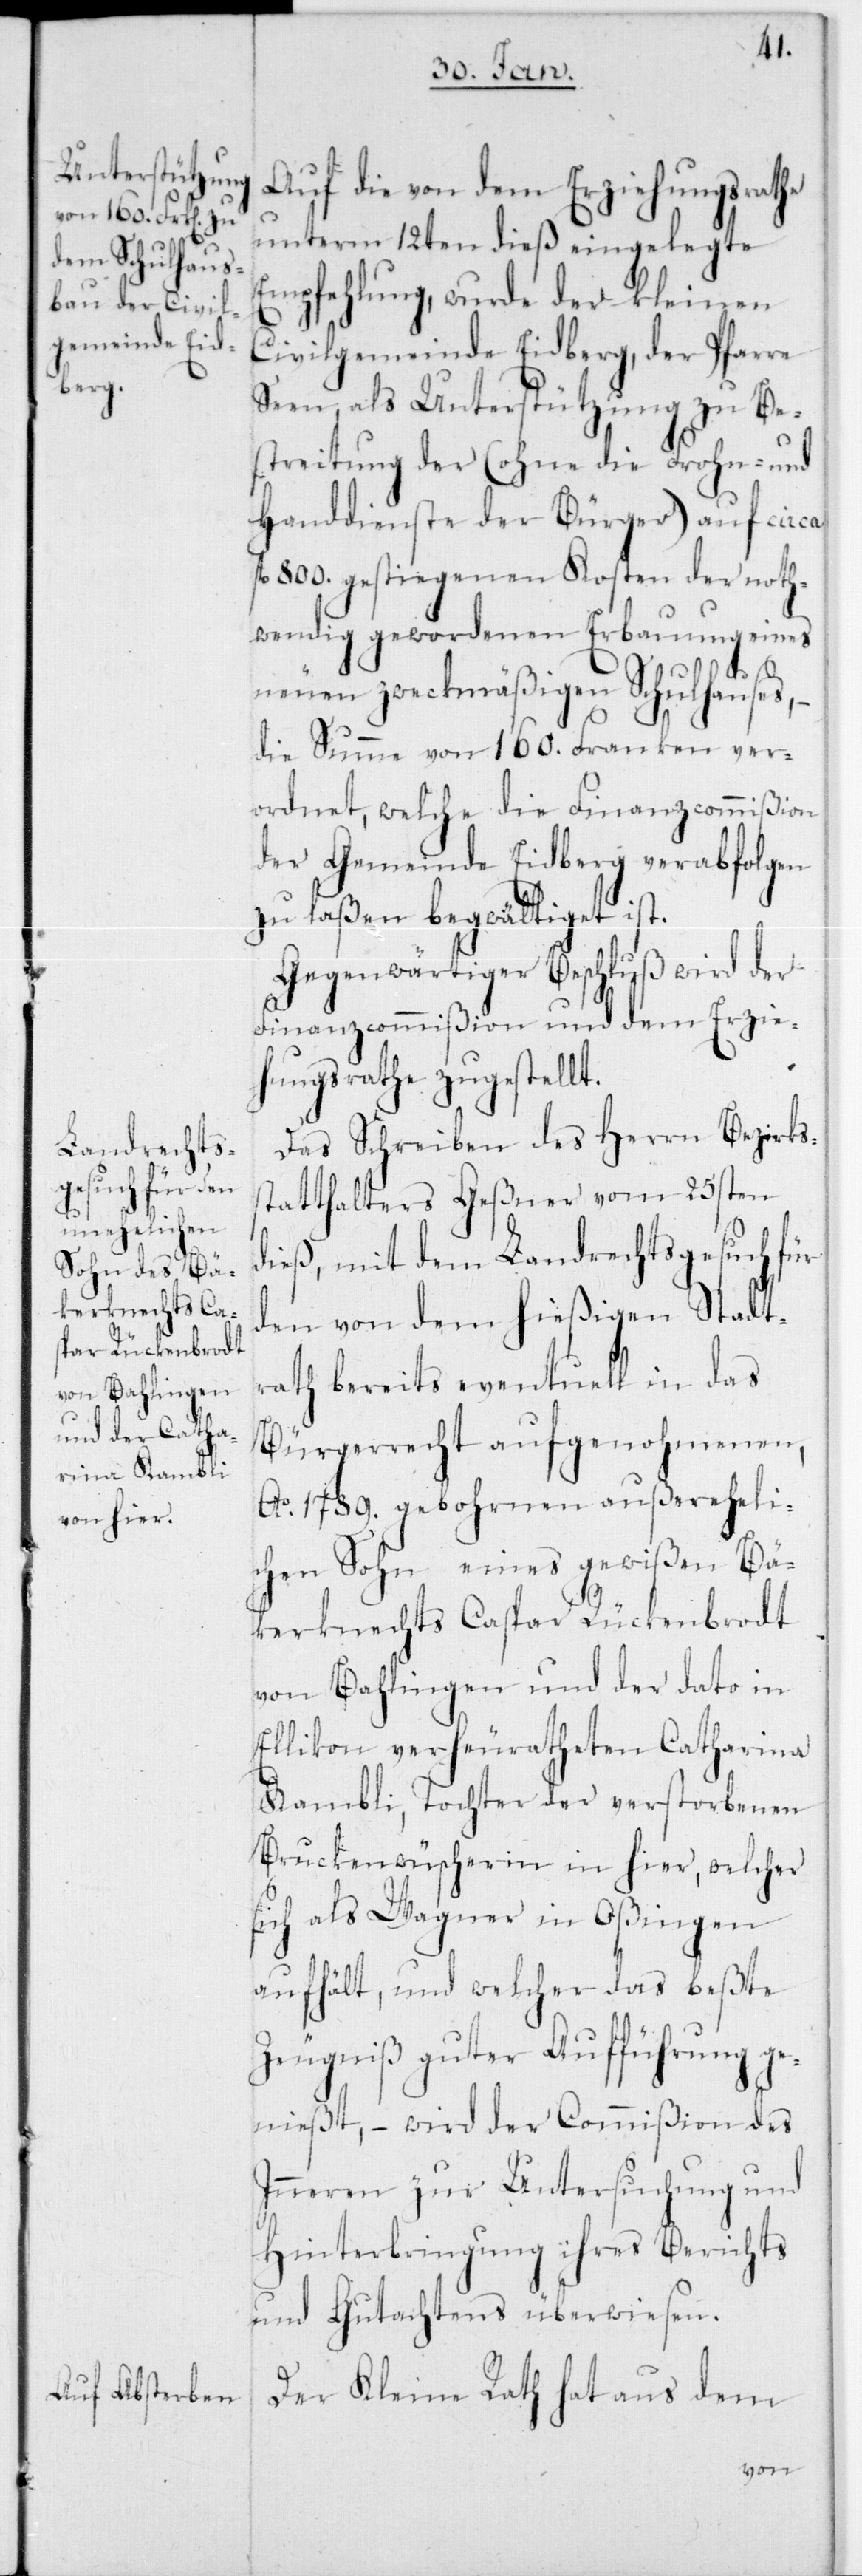
Auf die von dem Erziehungsrathe
unterm 12ten dieß eingelegte
Empfehlung, wurde der kleinen
Civilgemeinde Eidberg, der Pfarre
Seen, als Unterstützung zu Be¬
streitung der (ohne die Frohn- und
Handdienste der Bürger) auf circa
fl. 800 gestiegenen Kosten der noth¬
wendig gewordenen Erbauung eines
neuen zweckmäßigen Schulhauses,
die Summe von 160 Franken ver¬
ordnet, welche die Finanzcommißion
der Gemeinde Eidberg verabfolgen
zu laßen begwältiget ist.
Gegenwärtiger Beschluß wird der
Finanzcommißion und dem Erzie¬
hungsrathe zugestellt.
Das Schreiben des Herrn Bezirks¬
tatthalters Geßner vom 25sten
dieß, mit dem Landrechtsgesuch für
den von dem hießigen Stadt¬
rath bereits eventuell in das
Bürgerrecht aufgenohmenen,
Ao 1789 gebohrnen außereheli¬
chen Sohn eines gewißen Bä¬
ckerknechts Caspar Rückenbrodt
von Bahlingen und der dato in
Ellikon verheiratheten Catharina
Kambli, Tochter der verstorbenen
Bruckenwüscherin in hier, welcher
sich als Wagner in Oßingen
aufhält, und welcher das beßte
Zeugniß guter Aufführung
ge¬
nießt, – wird der Commißion des
Innern zur Untersuchung und
Hinterbringung ihres Berichts
und Gutachtens überwiesen.
Der Kleine Rath hat aus dem